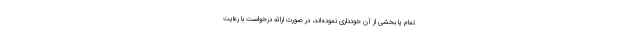
تمام یا بخشی از آن خودداری نموده‌اند، در صورت ارائه درخواست با رعایت